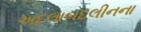
અદલાબદલીનના